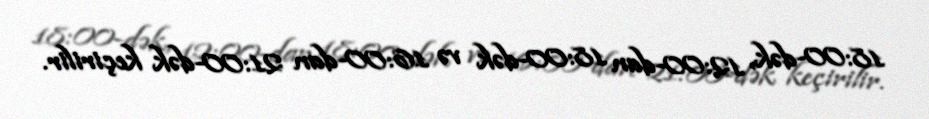
18:00-dək, 12:00-dan 18:00-dək və 16:00-dan 21:00-dək keçirilir.